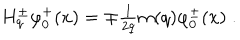
LaTeX: \begin{array} { l } { { H _ { q } ^ { \pm } \varphi _ { 0 } ^ { + } ( x ) = \mp \frac 1 { 2 q } m ( q ) \varphi _ { 0 } ^ { \pm } ( x ) \; . } } \\ \end{array}